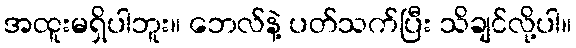
အထူးမရှိပါဘူး။ ဘေလ်နဲ့ ပတ်သက်ပြီး သိချင်လို့ပါ။